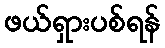
ဖယ်ရှားပစ်ရန်